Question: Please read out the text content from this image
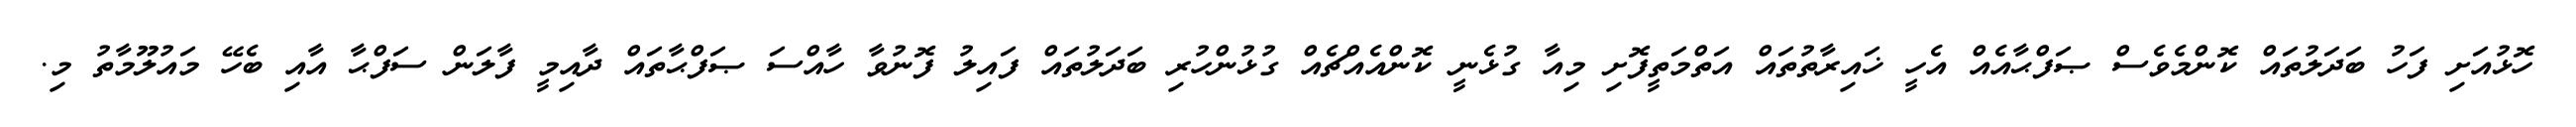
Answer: ހޮޅުއަށި ފަހު ބަދަލުތައް ކޮންމެވެސް ޞަފްޙާއެއް އެހީ ޚައިރާތުތައް އަތްމަތީފޮށި މިއާ ގުޅެނީ ކޮންއެއްޗެއް ގުޅުންހުރި ބަދަލުތައް ފައިލު ފޮނުވާ ހާއްސަ ޞަފްޙާތައް ދާއިމީ ފާލަން ސަފްޙާ އާއި ބެހޭ މައުލޫމާތު މި.